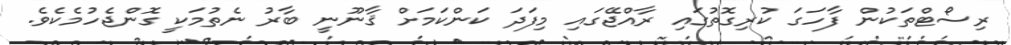
ރިސޯޓްތަކުން ފާހަގަ ކުރިގޮތުގައި ރާއްޖޭގައި މިފަދަ ކަންކަމަށް ޤާނޫނީ ބާރު ނެތުމަކީ ގޮންޖެހުމެކެވެ.